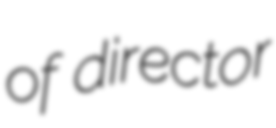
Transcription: of director